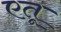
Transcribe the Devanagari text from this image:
एतू